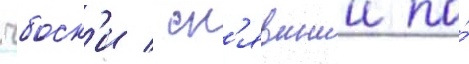
чбоск'и / сн'явшии по́